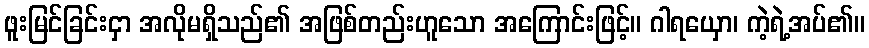
ဖူးမြင်ခြင်းငှာ အလိုမရှိသည်၏ အဖြစ်တည်းဟူသော အကြောင်းဖြင့်။ ဂါရယှော၊ ကဲ့ရဲ့အပ်၏။